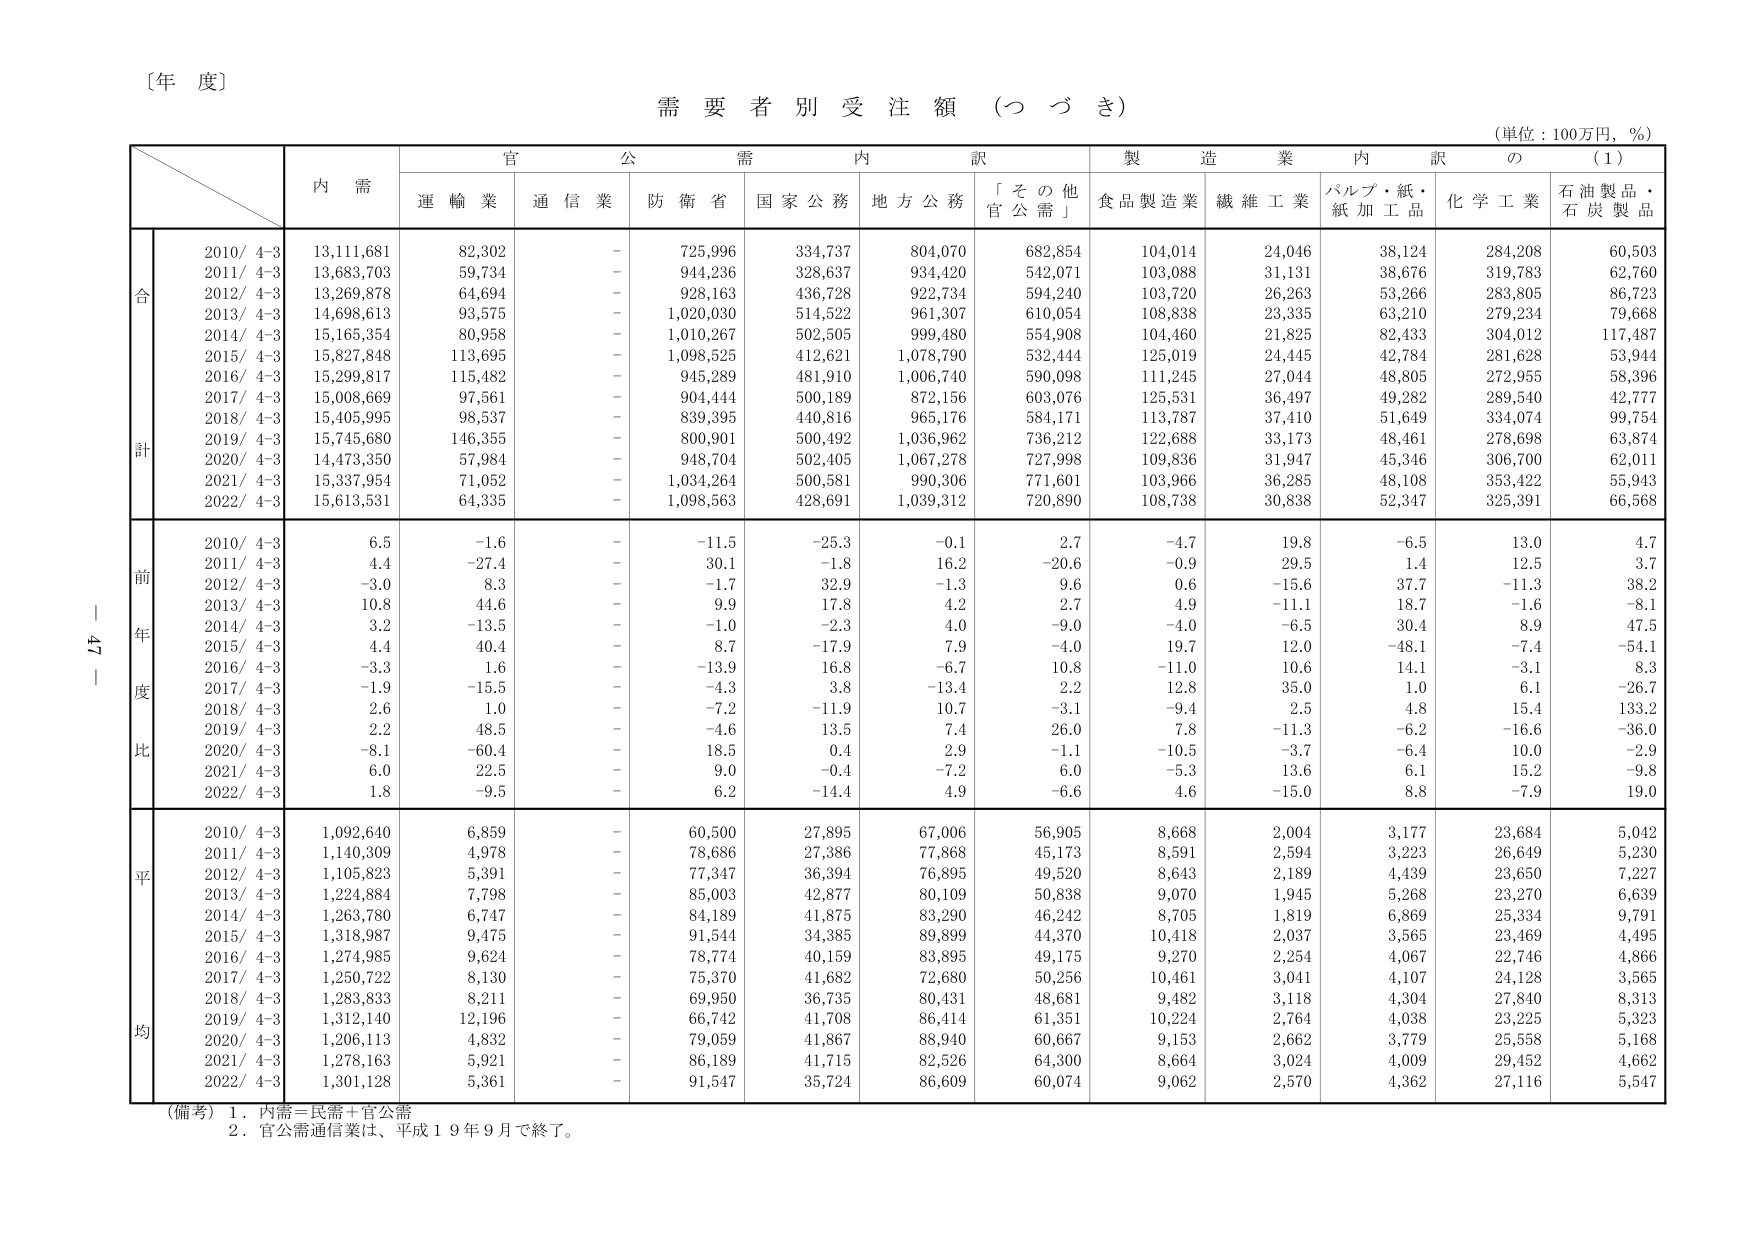
〔年 度〕

需要者別受注額（つづき）

（単位：100万円，％）

内 需

官 公 需 内 訳

製 造 業 内 訳 の （1）

運 輸 業 通 信 業 防 衛 省 国 家 公 務 地 方 公 務 「 そ の 他 官 公 需 」 食 品 製 造 業 繊 維 工 業 パルプ・紙・ 紙 加 工 品 化 学 工 業 石 油 製 品 ・ 石 炭 製 品

合 計

2010/ 4-3 13,111,681 82,302 - 725,996 334,737 804,070 682,854 104,014 24,046 38,124 284,208 60,503
2011/ 4-3 13,683,703 59,734 - 944,236 328,637 934,420 542,071 103,088 31,131 38,676 319,783 62,760
2012/ 4-3 13,269,878 64,694 - 928,163 436,728 922,734 594,240 103,720 26,263 53,266 283,805 86,723
2013/ 4-3 14,698,613 93,575 - 1,020,030 514,522 961,307 610,054 108,838 23,335 63,210 279,234 79,668
2014/ 4-3 15,165,354 80,958 - 1,010,267 502,505 999,480 554,908 104,460 21,825 82,433 304,012 117,487
2015/ 4-3 15,827,848 113,695 - 1,098,525 412,621 1,078,790 532,444 125,019 24,445 42,784 281,628 53,944
2016/ 4-3 15,299,817 115,482 - 945,289 481,910 1,006,740 590,098 111,245 27,044 48,805 272,955 58,396
2017/ 4-3 15,008,669 97,561 - 904,444 500,189 872,156 603,076 125,531 36,497 49,282 289,540 42,777
2018/ 4-3 15,405,995 98,537 - 839,395 440,816 965,176 584,171 113,787 37,410 51,649 334,074 99,754
2019/ 4-3 15,745,680 146,355 - 800,901 500,492 1,036,962 736,212 122,688 33,173 48,461 278,698 63,874
2020/ 4-3 14,473,350 57,984 - 948,704 502,405 1,067,278 727,998 109,836 31,947 45,346 306,700 62,011
2021/ 4-3 15,337,954 71,052 - 1,034,264 500,581 990,306 771,601 103,966 36,285 48,108 353,422 55,943
2022/ 4-3 15,613,531 64,335 - 1,098,563 428,691 1,039,312 720,890 108,738 30,838 52,347 325,391 66,568

前 年 度 比

2010/ 4-3 6.5 -1.6 - -11.5 -25.3 -0.1 2.7 -4.7 19.8 -6.5 13.0 4.7
2011/ 4-3 4.4 -27.4 - 30.1 -1.8 16.2 -20.6 -0.9 29.5 1.4 12.5 3.7
2012/ 4-3 -3.0 8.3 - -1.7 32.9 -1.3 9.6 0.6 -15.6 37.7 -11.3 38.2
2013/ 4-3 10.8 44.6 - 9.9 17.8 4.2 2.7 4.9 -11.1 18.7 -1.6 -8.1
2014/ 4-3 3.2 -13.5 - -1.0 -2.3 4.0 -9.0 -4.0 -6.5 30.4 8.9 47.5
2015/ 4-3 4.4 40.4 - 8.7 -17.9 7.9 -4.0 19.7 12.0 -48.1 -7.4 -54.1
2016/ 4-3 -3.3 1.6 - -13.9 16.8 -6.7 10.8 -11.0 10.6 14.1 -3.1 8.3
2017/ 4-3 -1.9 -15.5 - -4.3 3.8 -13.4 2.2 12.8 35.0 1.0 6.1 -26.7
2018/ 4-3 2.6 1.0 - -7.2 -11.9 10.7 -3.1 -9.4 2.5 4.8 15.4 133.2
2019/ 4-3 2.2 48.5 - -4.6 13.5 7.4 26.0 7.8 -11.3 -6.2 -16.6 -36.0
2020/ 4-3 -8.1 -60.4 - 18.5 0.4 2.9 -1.1 -10.5 -3.7 -6.4 10.0 -2.9
2021/ 4-3 6.0 22.5 - 9.0 -0.4 -7.2 6.0 -5.3 13.6 6.1 15.2 -9.8
2022/ 4-3 1.8 -9.5 - 6.2 -14.4 4.9 -6.6 4.6 -15.0 8.8 -7.9 19.0

平 均

2010/ 4-3 1,092,640 6,859 - 60,500 27,895 67,006 56,905 8,668 2,004 3,177 23,684 5,042
2011/ 4-3 1,140,309 4,978 - 78,686 27,386 77,868 45,173 8,591 2,594 3,223 26,649 5,230
2012/ 4-3 1,105,823 5,391 - 77,347 36,394 76,895 49,520 8,643 2,189 4,439 23,650 7,227
2013/ 4-3 1,224,884 7,798 - 85,003 42,877 80,109 50,838 9,070 1,945 5,268 23,270 6,639
2014/ 4-3 1,263,780 6,747 - 84,189 41,875 83,290 46,242 8,705 1,819 6,869 25,334 9,791
2015/ 4-3 1,318,987 9,475 - 91,544 34,385 89,899 44,370 10,418 2,037 3,565 23,469 4,495
2016/ 4-3 1,274,985 9,624 - 78,774 40,159 83,895 49,175 9,270 2,254 4,067 22,746 4,866
2017/ 4-3 1,250,722 8,130 - 75,370 41,682 72,680 50,256 10,461 3,041 4,107 24,128 3,565
2018/ 4-3 1,283,833 8,211 - 69,950 36,735 80,431 48,681 9,482 3,118 4,304 27,840 8,313
2019/ 4-3 1,312,140 12,196 - 66,742 41,708 86,414 61,351 10,224 2,764 4,038 23,225 5,323
2020/ 4-3 1,206,113 4,832 - 79,059 41,867 88,940 60,667 9,153 2,662 3,779 25,558 5,168
2021/ 4-3 1,278,163 5,921 - 86,189 41,715 82,526 64,300 8,664 3,024 4,009 29,452 4,662
2022/ 4-3 1,301,128 5,361 - 91,547 35,724 86,609 60,074 9,062 2,570 4,362 27,116 5,547

（備考）1．内需＝民需＋官公需
2．官公需通信業は、平成19年9月で終了。